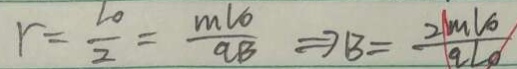
r = \frac { L _ { 0 } } { 2 } = \frac { m V _ { 0 } } { q B } \Rightarrow B = \frac { 2 1 m l o } { q L _ { o } }